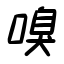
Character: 嗅